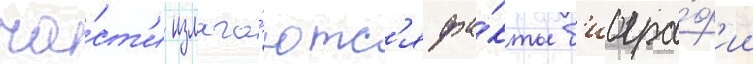
ча́ст'и излага́ютс'я фа́кты б'иогра́ф'ии